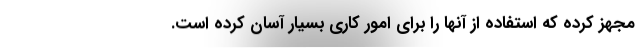
مجهز کرده که استفاده از آنها را برای امور کاری بسیار آسان کرده است.